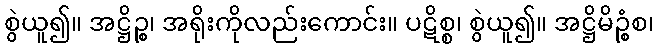
စွဲယူ၍။ အဋ္ဌိဉ္စ၊ အရိုးကိုလည်းကောင်း။ ပဋိစ္စ၊ စွဲယူ၍။ အဋ္ဌိမိဉ္စံစ၊